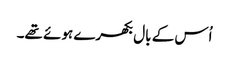
اُس کے بال بکھرے ہوئے تھے۔